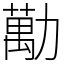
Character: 勱